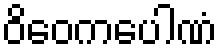
ဝိဝေကပေါဏံ